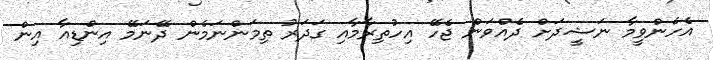
އެހެންވީމާ ނަޝީދަށް ދެއްވަން ޖެހޭ އިހުތިރާމާއި ގަދަރު ތިމަންނަމެން ދޭނަމޭ އިންޑިއާ އިން